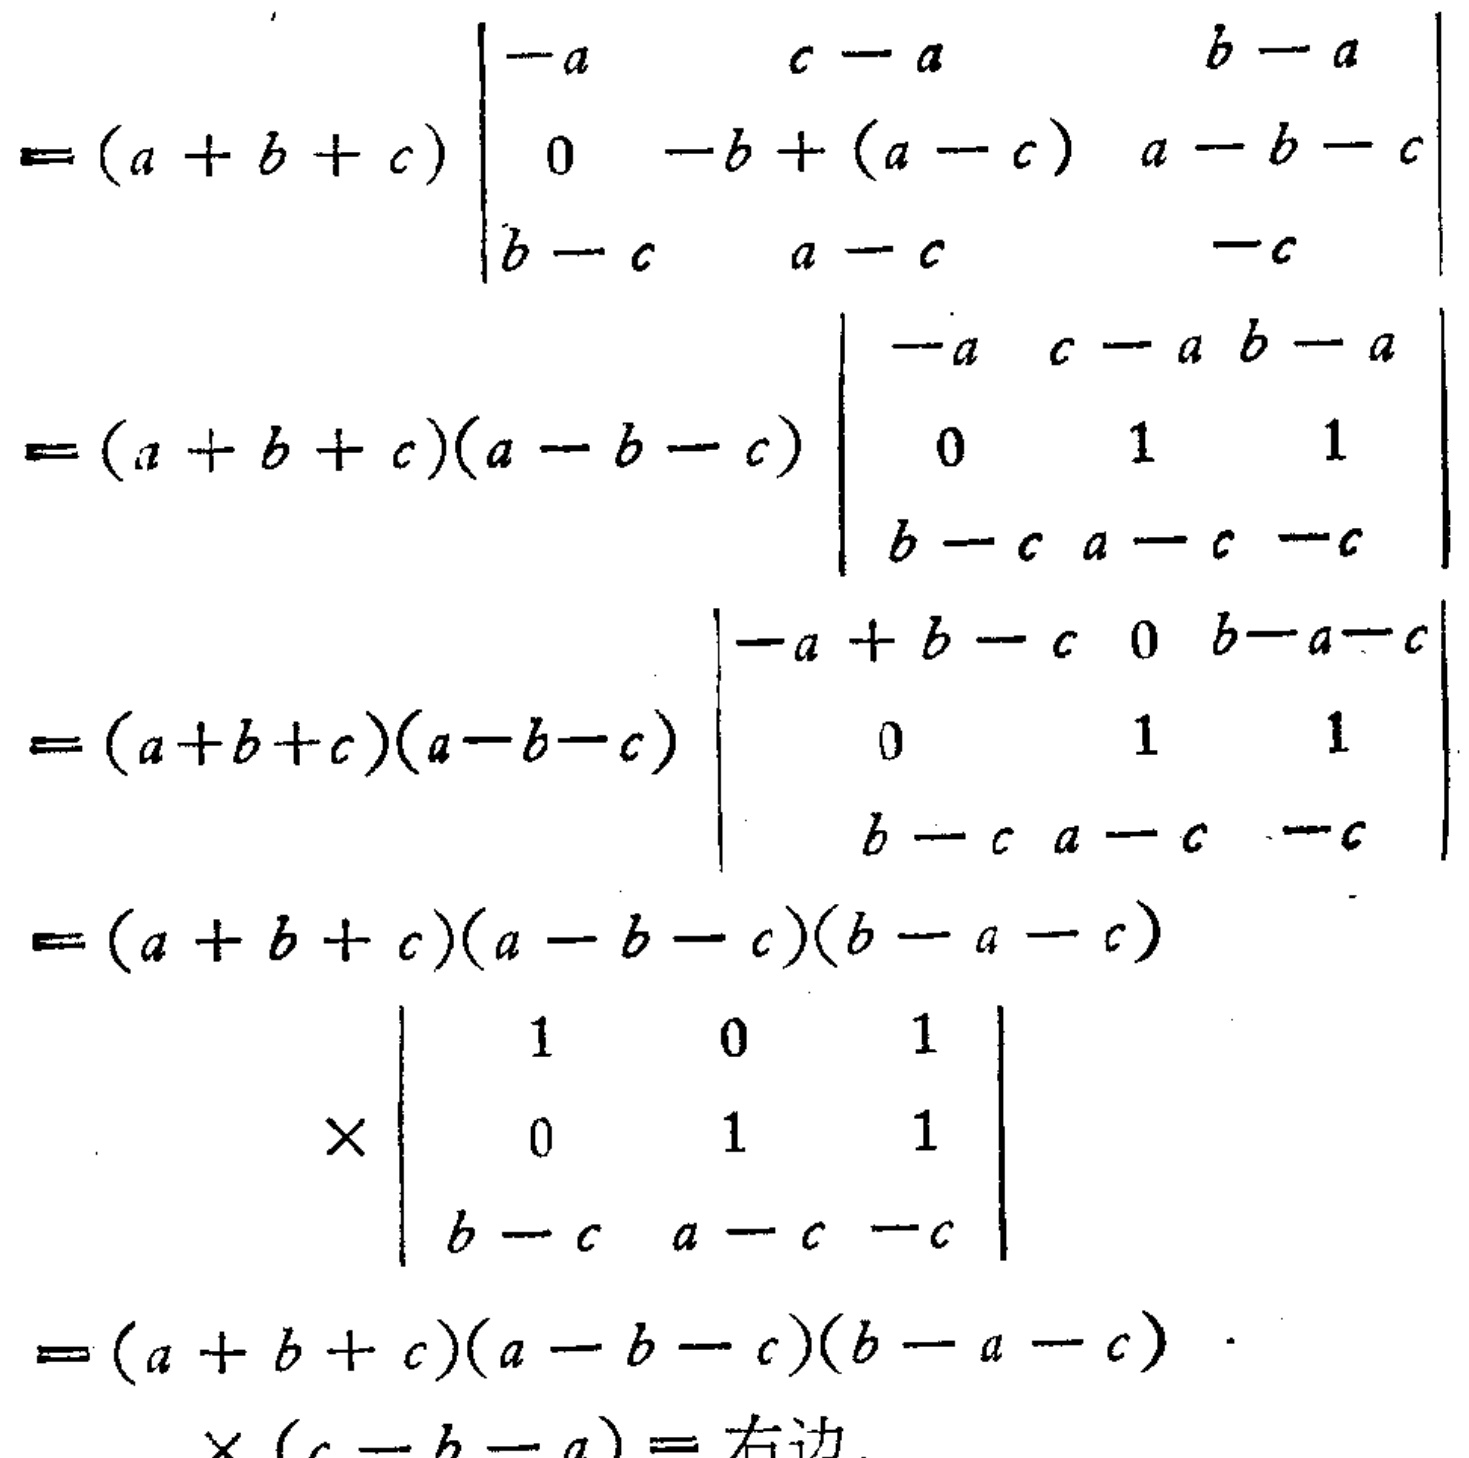
\[
\begin{align*}
&=(a + b + c)\begin{vmatrix}
-a&c - a&b - a\\
0&-b+(a - c)&a - b - c\\
b - c&a - c&-c
\end{vmatrix}\\
&=(a + b + c)(a - b - c)\begin{vmatrix}
-a&c - a&b - a\\
0&1&1\\
b - c&a - c&-c
\end{vmatrix}\\
&=(a + b + c)(a - b - c)\begin{vmatrix}
-a + b - c&0&b - a - c\\
0&1&1\\
b - c&a - c&-c
\end{vmatrix}\\
&=(a + b + c)(a - b - c)(b - a - c)\begin{vmatrix}
1&0&1\\
0&1&1\\
b - c&a - c&-c
\end{vmatrix}\\
&=(a + b + c)(a - b - c)(b - a - c)\times(c - b - a)=\text{右边}
\end{align*}
\]